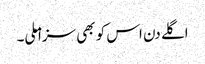
اگلے دن اس کو بھی سزا ملی۔